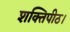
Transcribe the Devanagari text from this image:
शक्तिपीठ।